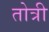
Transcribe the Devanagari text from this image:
तोत्री